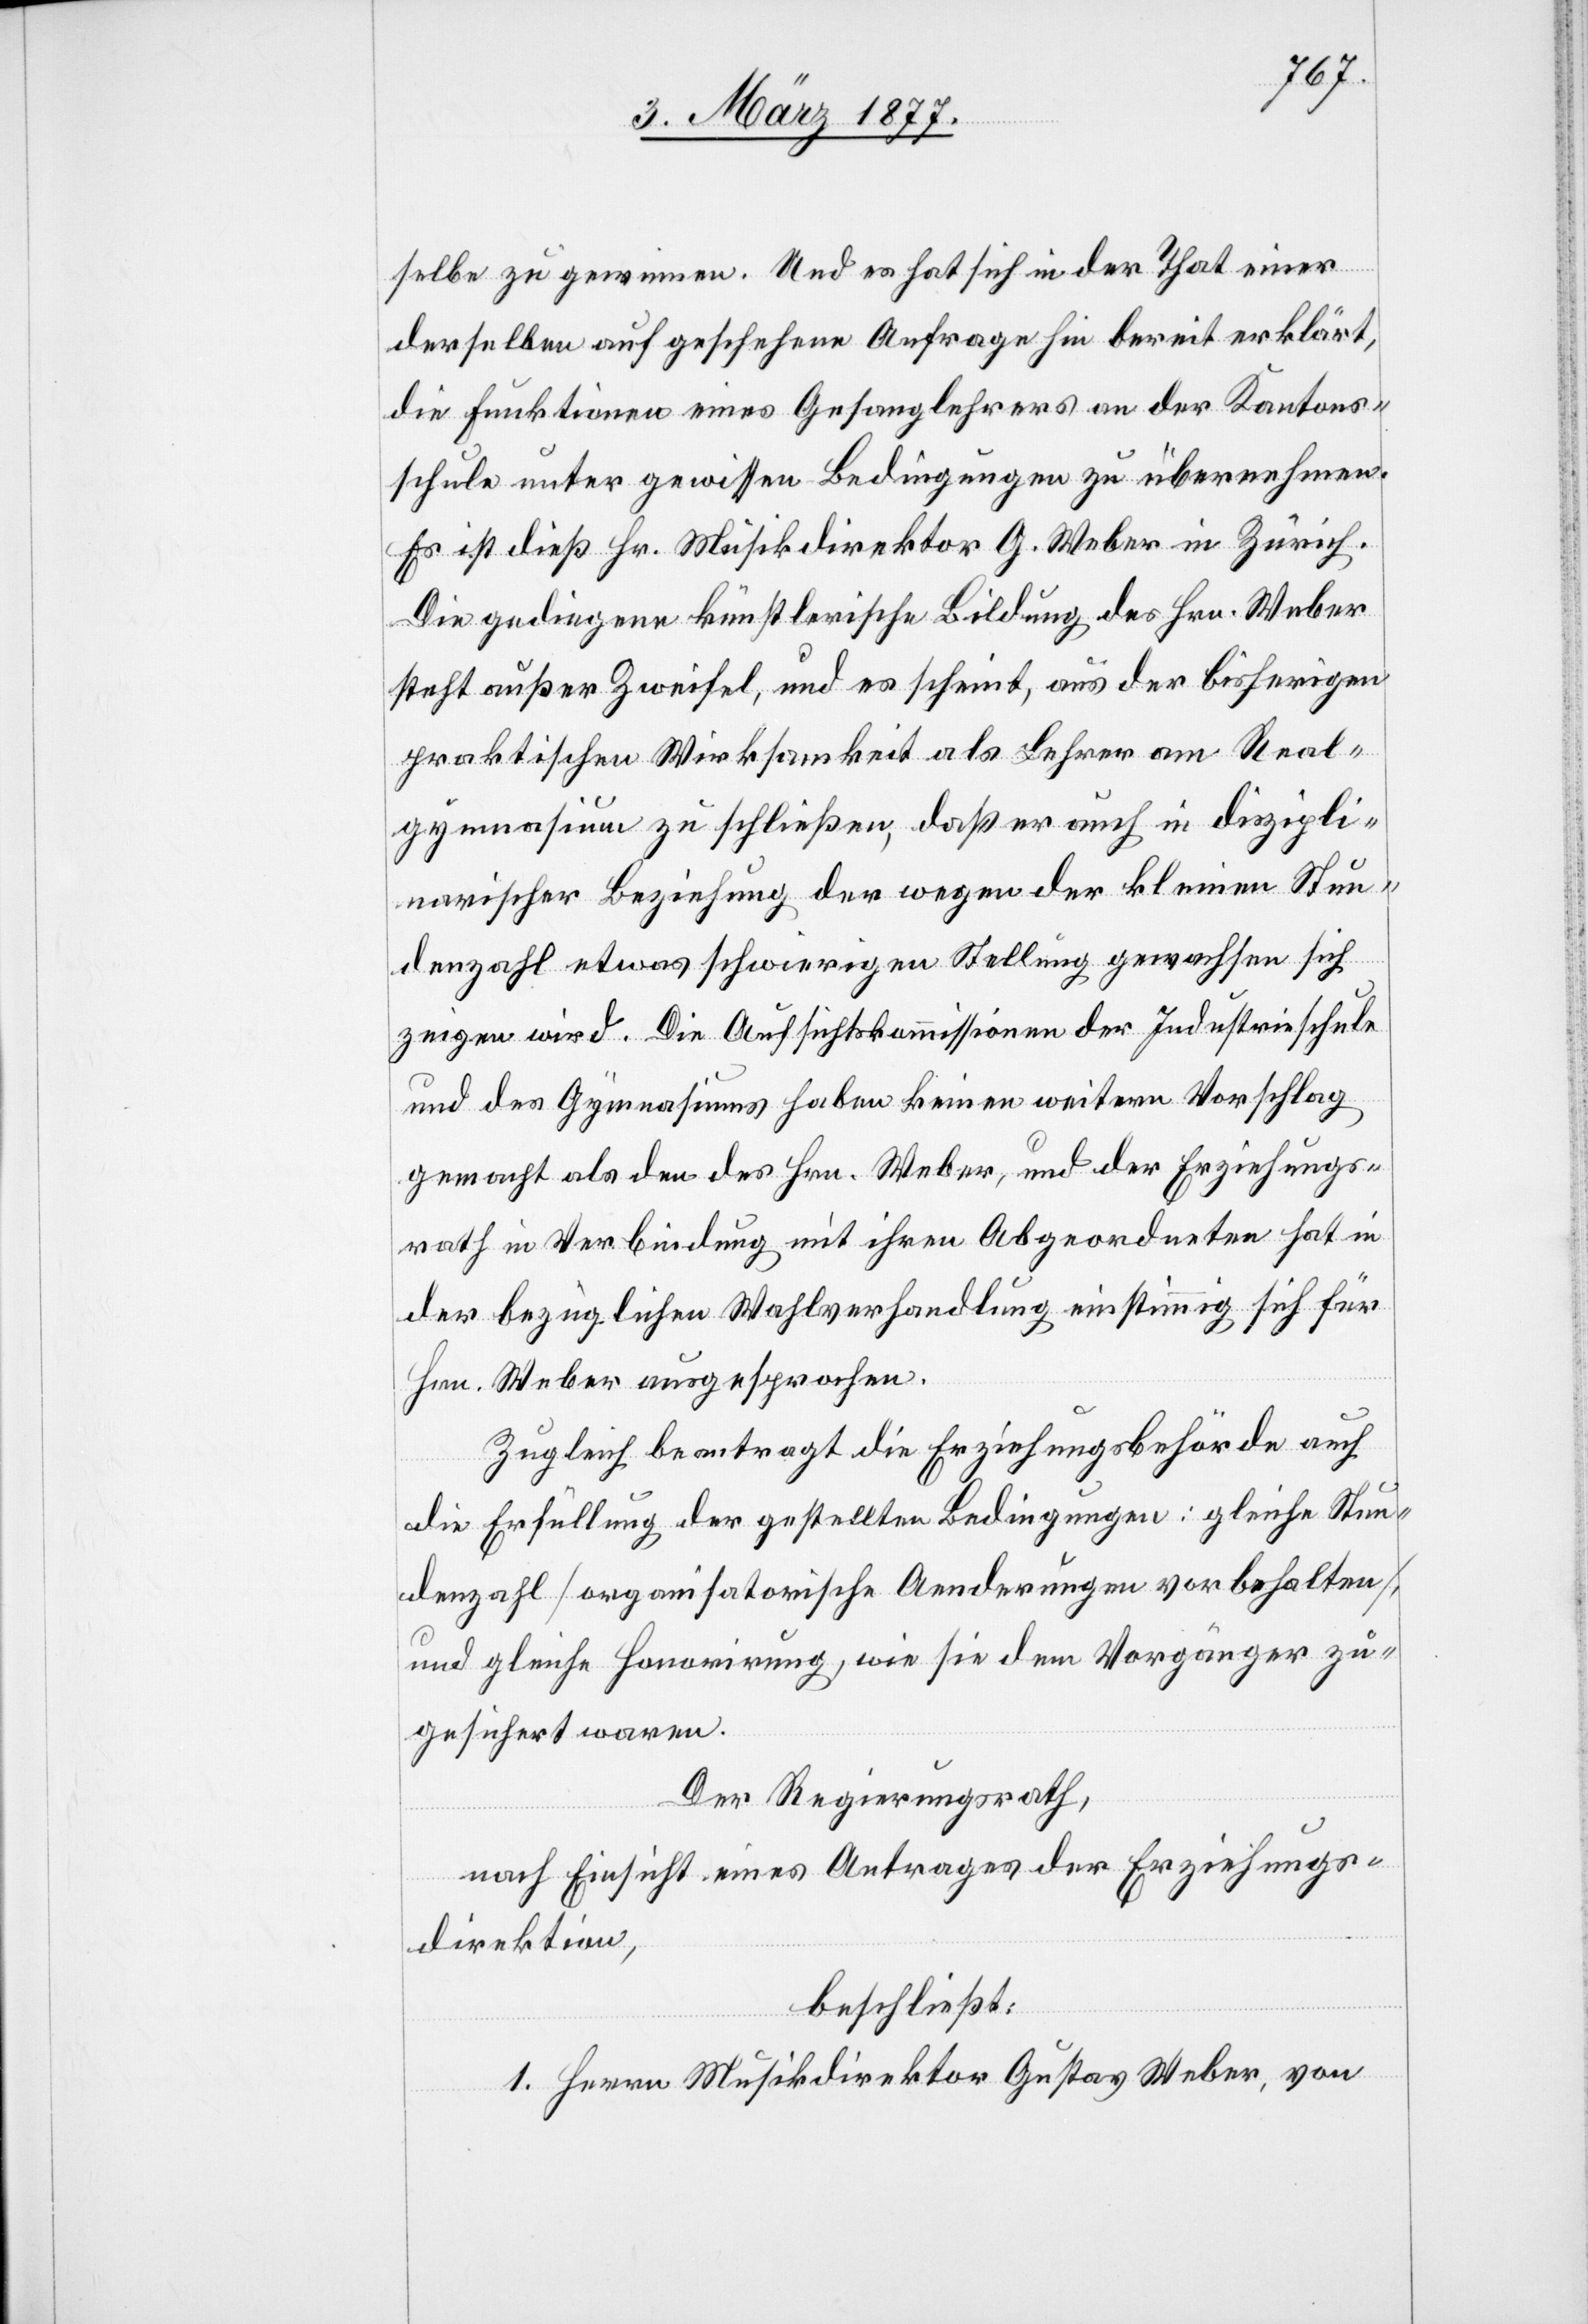
selbe zu gewinnen. Und es hat sich in der That einer
derselben auf geschehene Anfrage hin bereit erklärt,
die Funktionen eines Gesanglehrers an der Kantons¬
schule unter gewissen Bedingungen zu übernehmen.
Es ist dieß Hr. Musikdirektor G. Weber in Zürich.
Die gediegene künstlerische Bildung des Hrn. Weber
steht außer Zweifel, und es scheint, aus der bisherigen
praktischen Wirksamkeit als Lehrer am Real¬
gymnasium zu schließen, daß er auch in diszipli¬
narischer Beziehung der wegen der kleinen Stun¬
denzahl etwas schwierigen Stellung gewachsen sich
zeigen wird. Die Aufsichtskommission der Industrieschule
und des Gymnasiums haben keinen weitern Vorschlag
gemacht als den des Hrn. Weber, und der Erziehungs¬
rath in Verbindung mit ihren Abgeordneten hat in
der bezüglichen Wahlverhandlung einstimmig sich für
Hrn. Weber ausgesprochen.
Zugleich beantragt die Erziehungsbehörde auch
die Erfüllung der gestellten Bedingungen; gleiche Stun¬
denzahl [organisatorische Aenderungen vorbehalten],
und gleiche Honorirung, wie sie dem Vorgänger zu¬
gesichert worden.
Der Regierungsrath,
nach Einsicht eines Antrages der Erziehungs¬
direktion,
beschließt:
1. Herrn Musikdirektor Gustav Weber, von